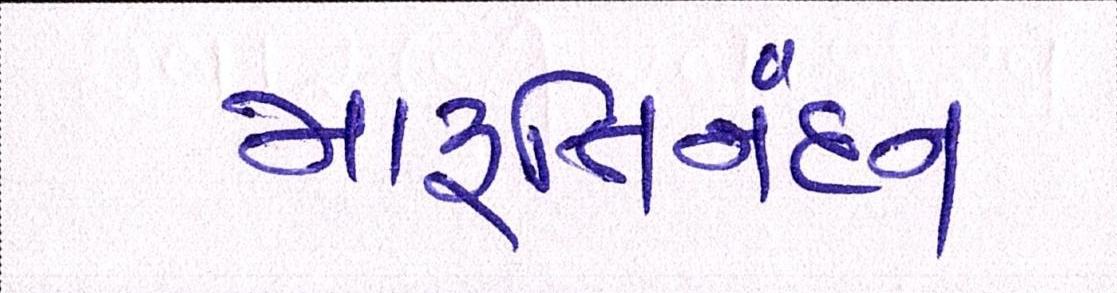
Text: મારૂતિનંદન